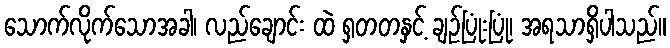
သောက်လိုက်သောအခါ၊ လည်ချောင်း ထဲ ရှတတနှင့် ချဉ်ပြုံးပြုံ၊ အရသာရှိပါသည်။